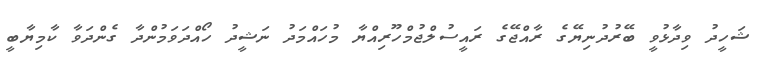
ޝަހީދު ވިދާޅުވީ ބޭރުދުނިޔޭގެ ރާއްޖޭގެ ރައީސުލްޖުމްހޫރިއްޔާ މުހައްމަދު ނަޝީދު ހޯއްދަވަމުންދާ ގެންދަވާ ކާމިޔާބީ